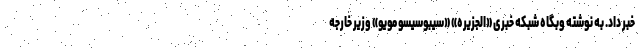
خبر داد. به نوشته وبگاه شبکه خبری «الجزیره» «سیبوسیسو مویو» وزیر خارجه